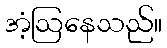
အံ့ဩနေသည်။